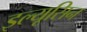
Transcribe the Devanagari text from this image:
इल्यूसिन